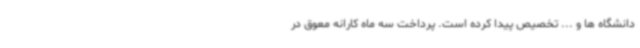
دانشگاه ها و ... تخصیص پیدا کرده است. پرداخت سه ماه کارانه معوق در